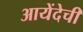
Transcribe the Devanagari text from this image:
आयेंदेची